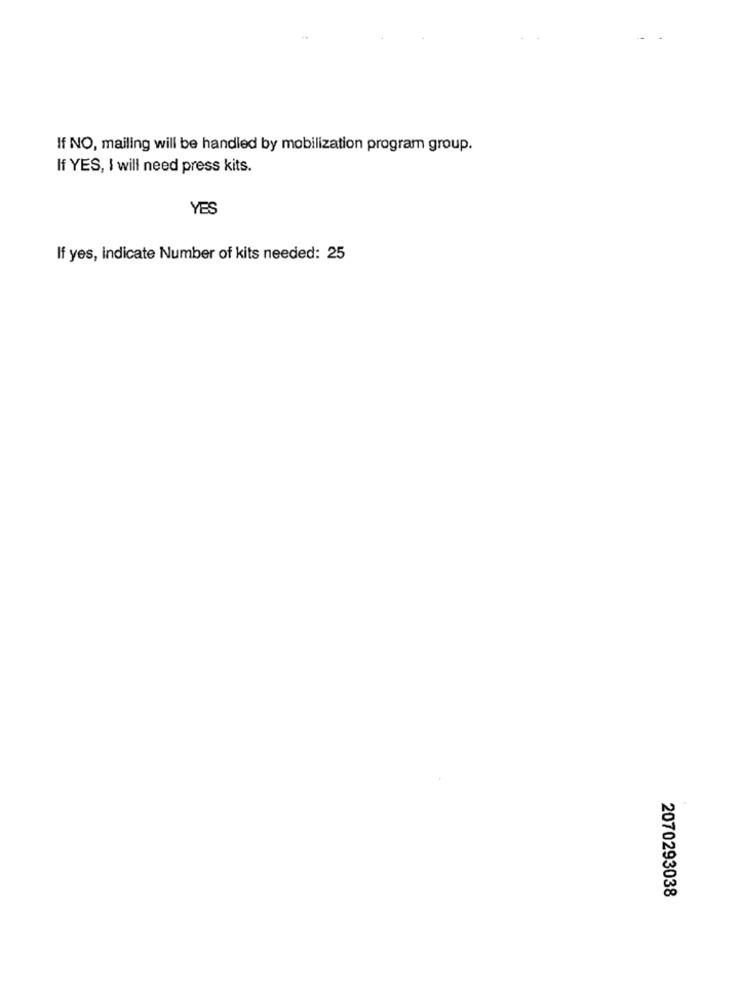
If NO, mailing will be handled by mobilization program group.
If YES, I will need press kits.
YES
If yes, indicate Number of kits needed: 25
2070293038